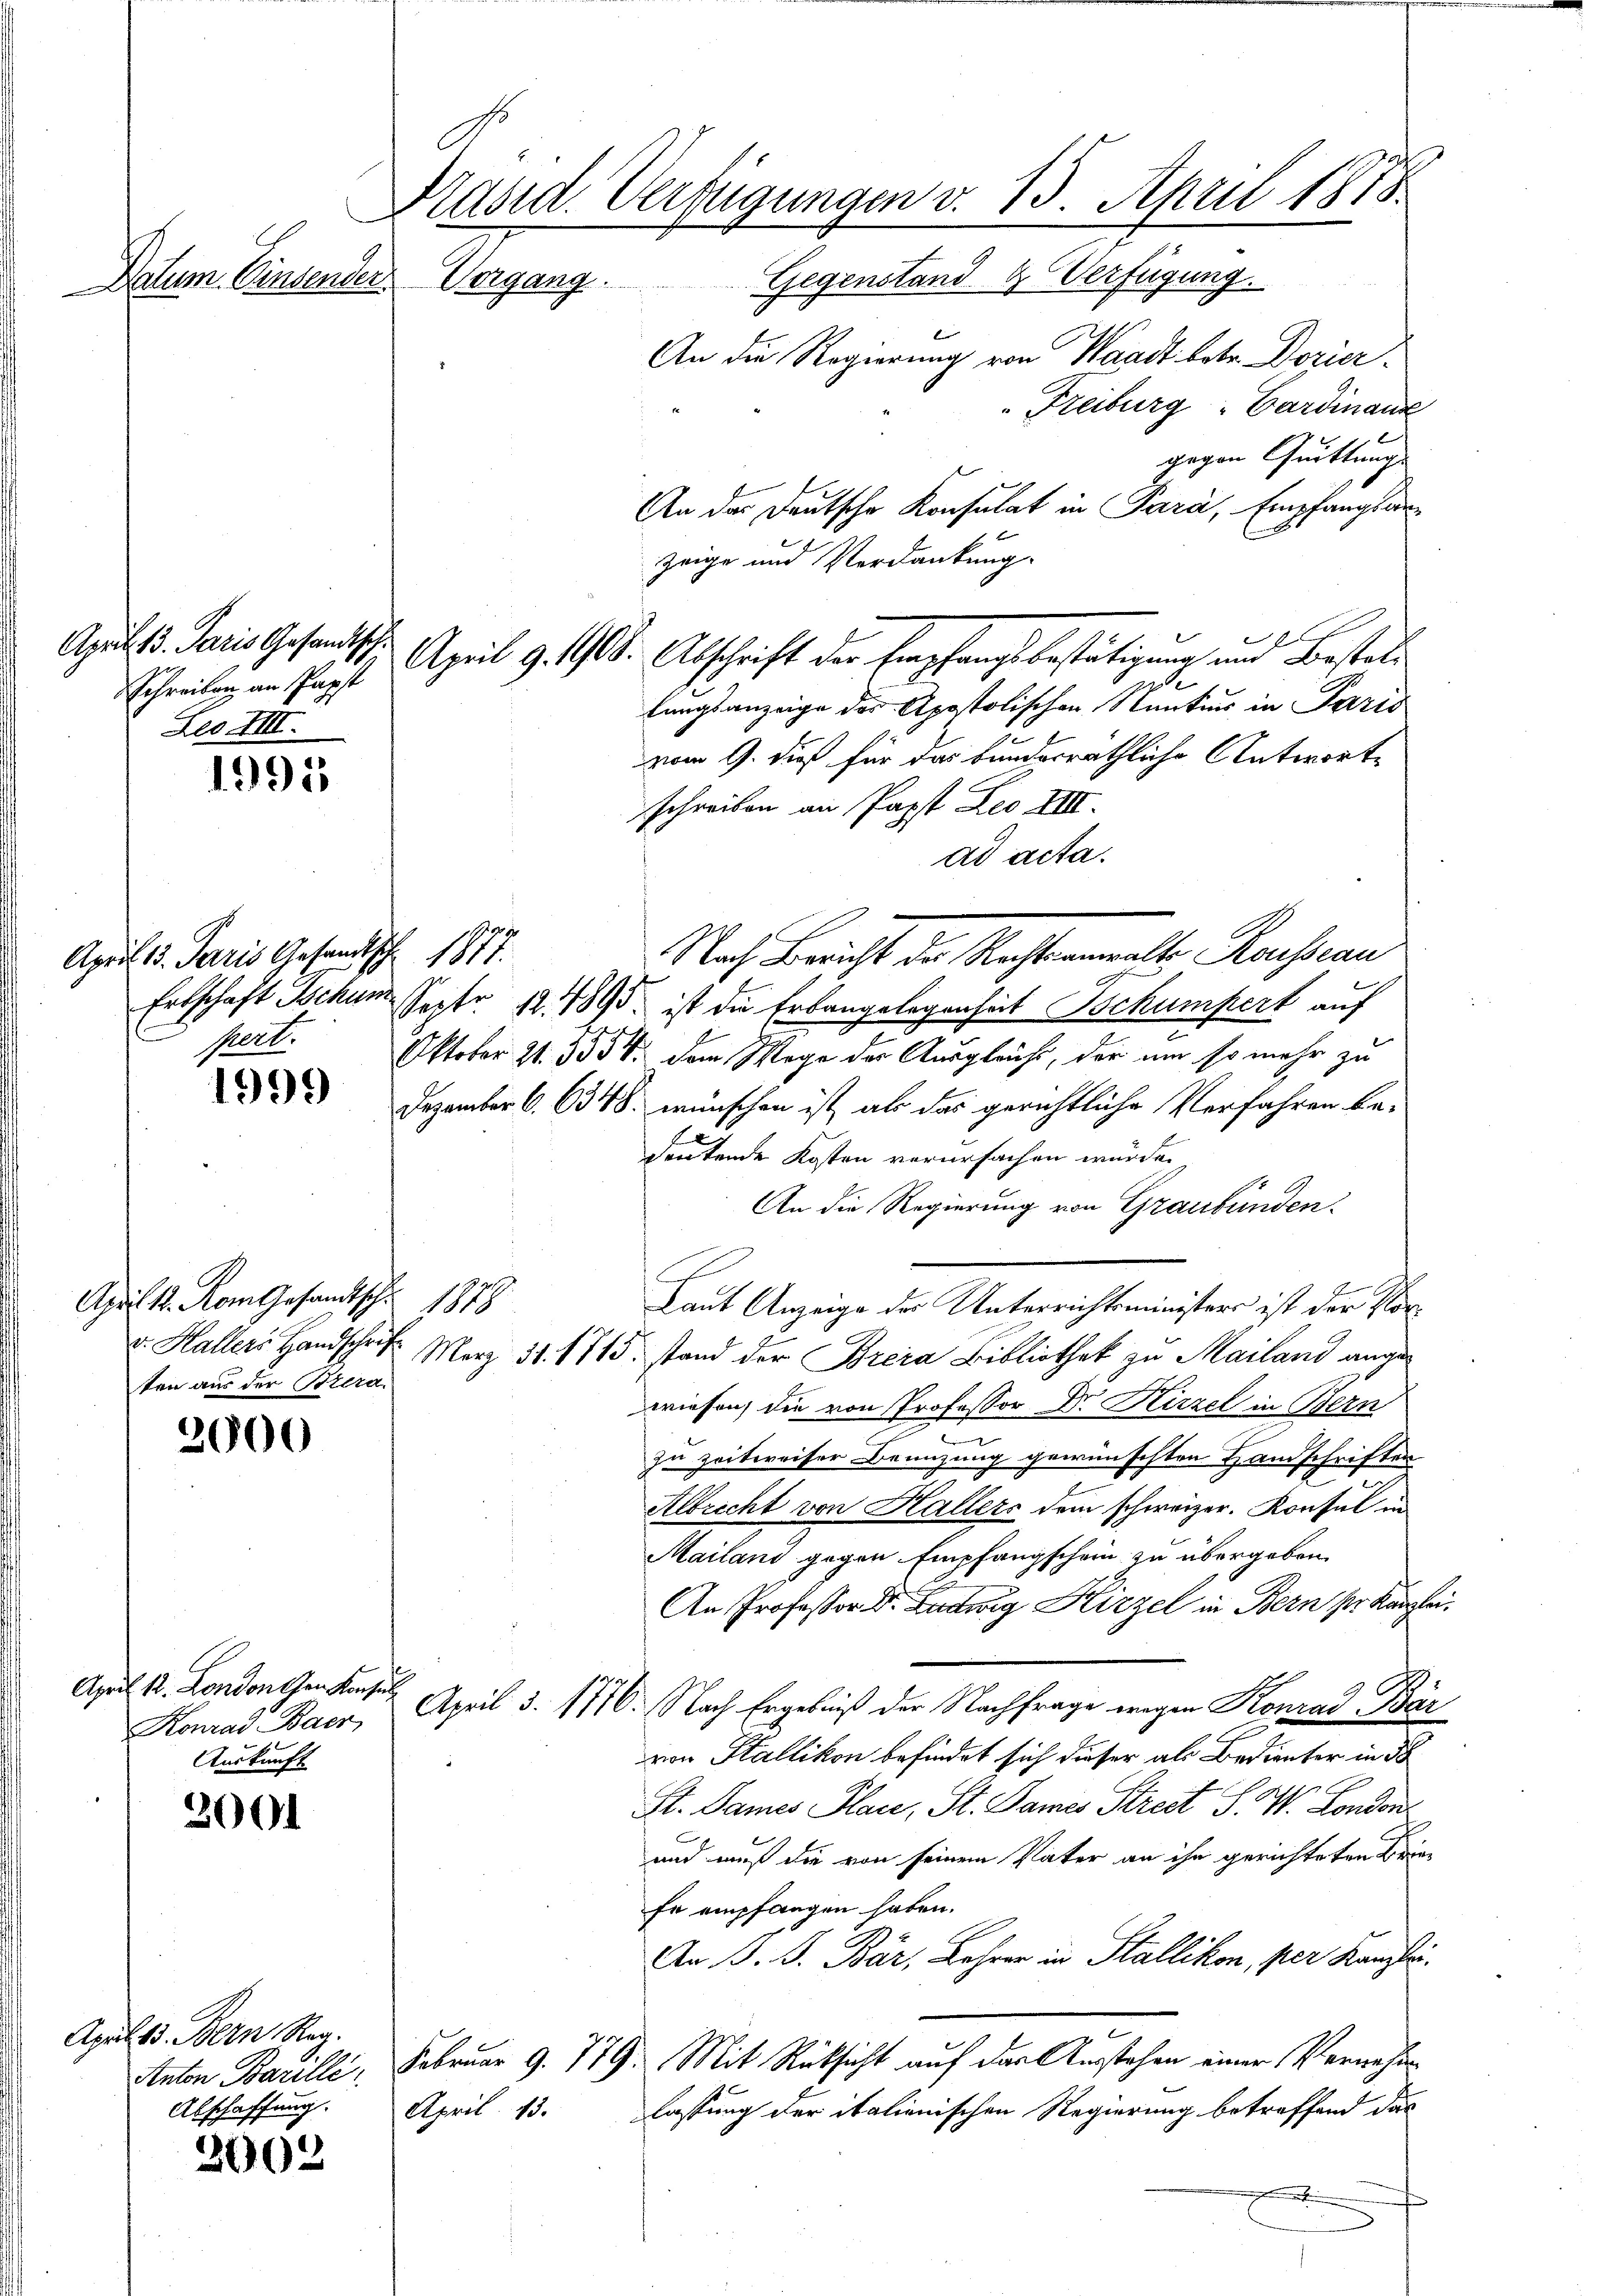
Datum. Einsender Vergang

April 13. Paris Gesandtsch.
Schreiben an Papst
Leo III.

1995

April 13. Paris Gesandtsch
Mert.

1999

April 12. Rom Gesandtschr. 1879
ten aus der Bera¬

2000

April 12. London den Konsul
Auskunft

3001

2002

Präsid. Verfügungen v. 13. April 1875
Gegenstand & Verfügung.
An die Regierung von Waadt betr. Dorier-
Freiburg - Cardinanz
gegen Quittunge

An der Deutsche Konsulat in Parà, Empfangsarzeige und Verdankung.
x
April d. 118. Abschrift der Empfangsbestätigung um Bestatlungsanzeige der Apostolischen Nantius in Paris
vom 9. dieß für das bunderräthliche Antworte
schreiben an Papst Deo VIII.
ad acta.
Nach Bericht der Nacht malte Kausan
11
Erbschaft Schum Sept. 12. 1895. ist die Erbangelegenheit Schumpert auf
Oktober 21. 3554. dem Wege der Ausgleiche, der um so mehr zu
Dezember 6. 6348. wünschen ist, als das gerichtliche Verfahren be-
deutende Kosten verursachen würden,
An die Regierung von Graubünden.
Laut Anzeige des Unterrichtsministers ist der Vorv. Hallers Handschrift März 31. 1715 stand der Breia Bibliothek zu Mailand angewiesen, die von Professor Dr. Hirzel in Bern
u
zu zeitweiser Benuzung gewünschten Handschriften
Albrecht von Hallers dem schweizer. Konsul in
Mailand gegen Empfangschein zu übergeben.
An Professor Dr. Ludwig Hirzel in Bern ser Kanzlei¬
Konrad Baer, April d. 1776. Nach Ergebniß der Nachfrage wegen Konrad Bär
von Stallikon befindet sich dieser als Bedienter in 38
St. Dames Plan, St. Dames Streit S. W. London
und muß die von seinem Vater an ihn gerichteten Briefe empfangen haben.
An B. G. Bär, Lehrer in Stallikon, per Kanzlei.
Februar 9. 779. Mit Rücksicht auf der Ausstehen einer Verwehen
lassung der italienischen Regierung betreffend das
April 13.

Apult. Bern Reg.
Anton Barilli
Abschaffung.